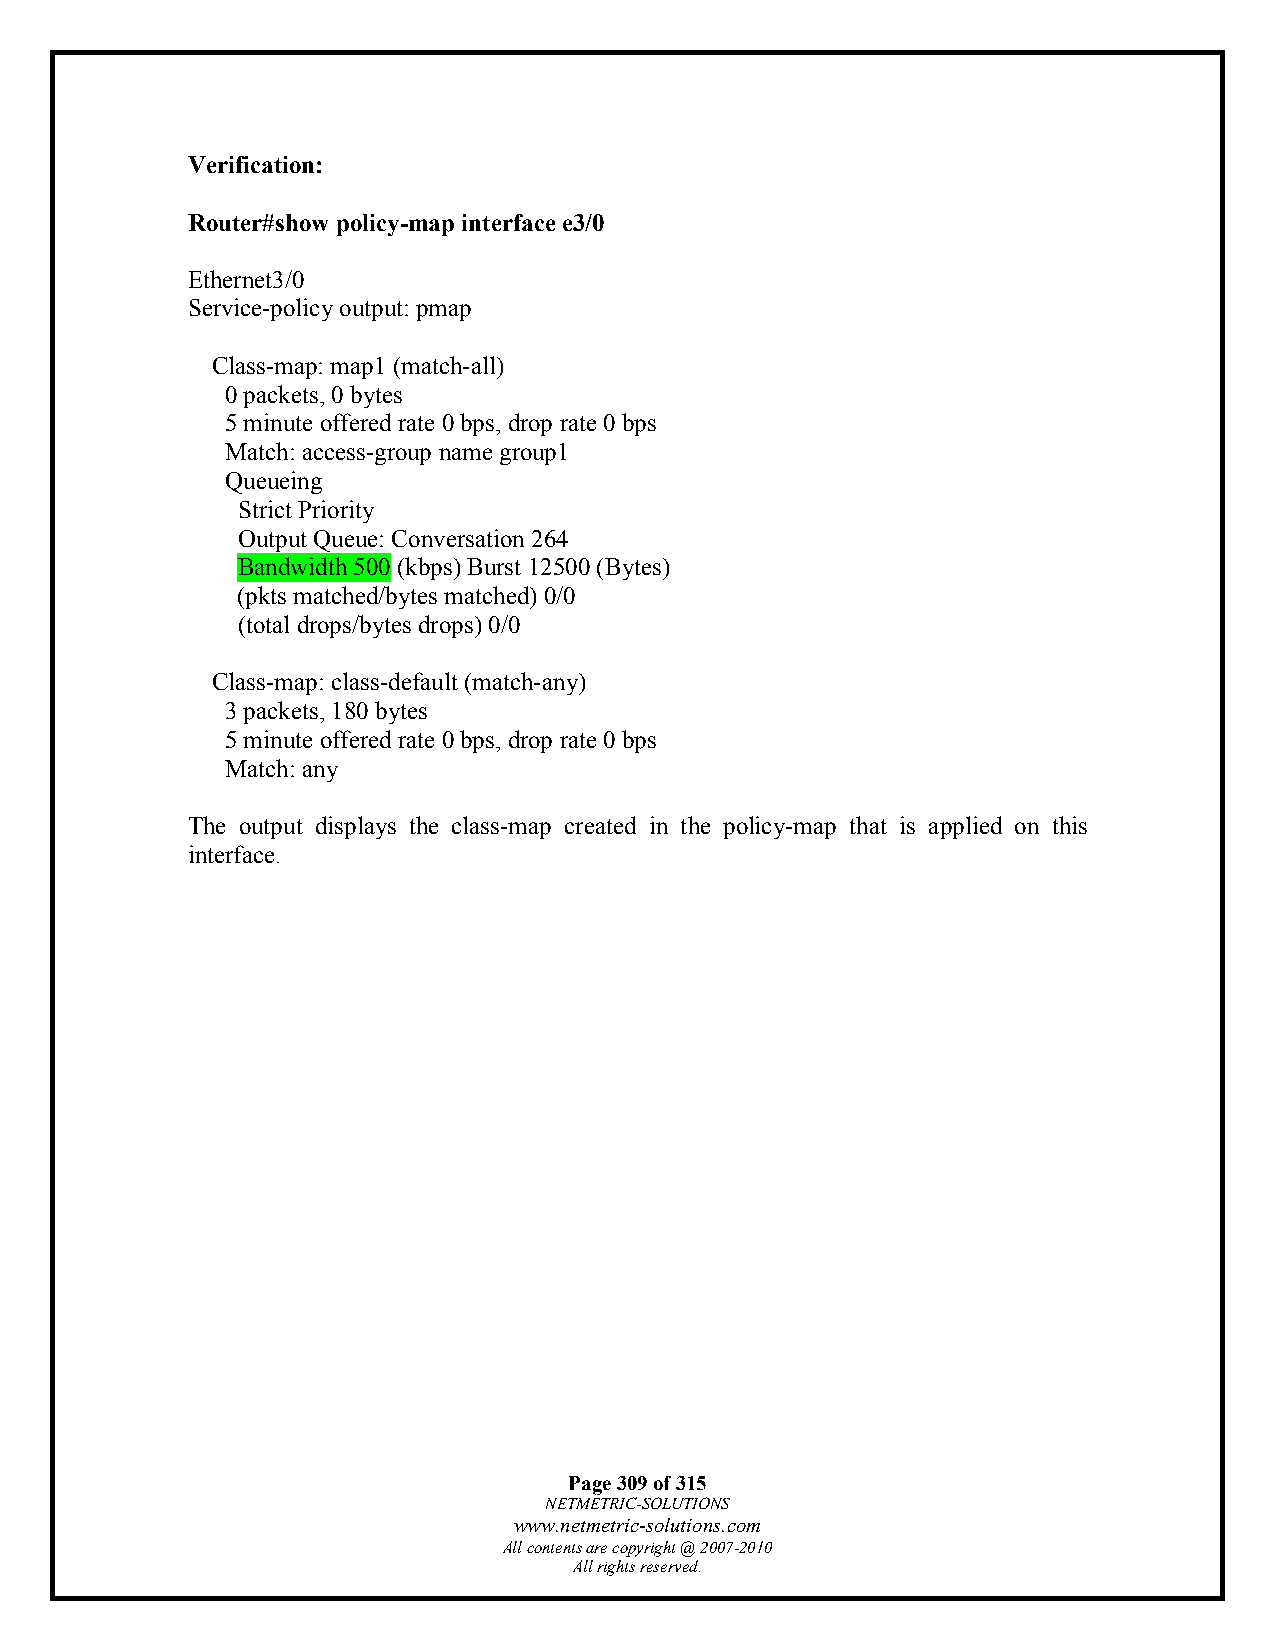
Verification:
 Router#show policy-map interface e3/0
 Ethernet3/0
 Service-policy output: pmap
 Class-map: map1 (match-all)
 0 packets, 0 bytes
 5 minute offered rate 0 bps, drop rate 0 bps
 Match: access-group name group1
 Queueing
 Strict Priority
 Output Queue: Conversation 264
 Bandwidth 500 (kbps) Burst 12500 (Bytes)
 (pkts matched/bytes matched) 0/0
 (total drops/bytes drops) 0/0
 Class-map: class-default (match-any)
 3 packets, 180 bytes
 5 minute offered rate 0 bps, drop rate 0 bps
 Match: any
 The output displays the class-map created in the policy-map that is applied on this
 interface.
 Page 309 of 315
 NETMETRIC-SOLUTIONS
 www.netmetric-solutions.com
 All contents are copyright @ 2007-2010
 All rights reserved.